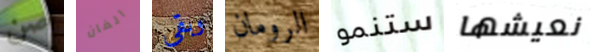
صن الفان وبقي الرومان ستنمو نعيشها